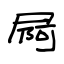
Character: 屙